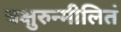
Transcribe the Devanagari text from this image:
चक्षुरुन्मीलितं